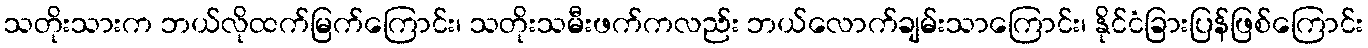
သတိုးသားက ဘယ်လိုထက်မြက်ကြောင်း၊ သတိုးသမီးဖက်ကလည်း ဘယ်လောက်ချမ်းသာကြောင်း၊ နိုင်ငံခြားပြန်ဖြစ်ကြောင်း